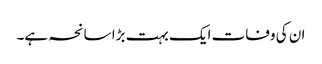
ان کی وفات ایک بہت بڑا سانحہ ہے۔